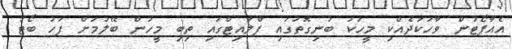
އެއާޕޯޓުން ވާހަކަދެއްކި މީހަކު ބުނިގޮތުގައި ފްލައިޓްގައި ތިބި މީހުން ބޭލުމަށް ފަހު ބޯޓު